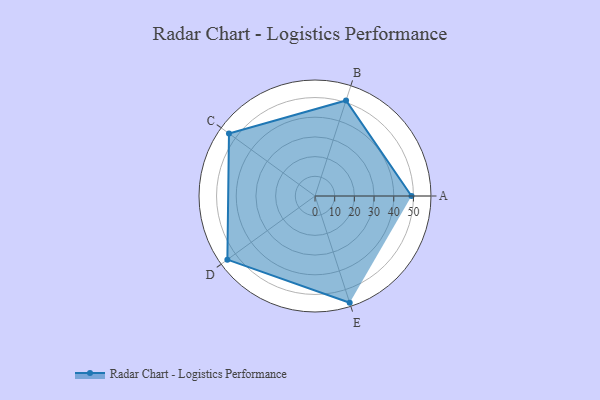
{"axis": {"x": "Skill", "y": "Score"}, "legend": ["Profile"], "data": [{"x": "A", "y": 49.0, "type": "Profile"}, {"x": "B", "y": 51.0, "type": "Profile"}, {"x": "C", "y": 54.0, "type": "Profile"}, {"x": "D", "y": 55.0, "type": "Profile"}, {"x": "E", "y": 57.0, "type": "Profile"}]}